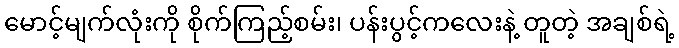
မောင့်မျက်လုံးကို စိုက်ကြည့်စမ်း၊ ပန်းပွင့်ကလေးနဲ့ တူတဲ့ အချစ်ရဲ့